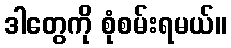
ဒါတွေကို စုံစမ်းရမယ်။